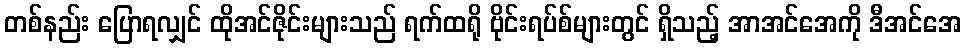
တစ်နည်း ပြောရလျှင် ထိုအင်ဇိုင်းများသည် ရက်ထရို ဗိုင်းရပ်စ်များတွင် ရှိသည့် အာအင်အေကို ဒီအင်အေ